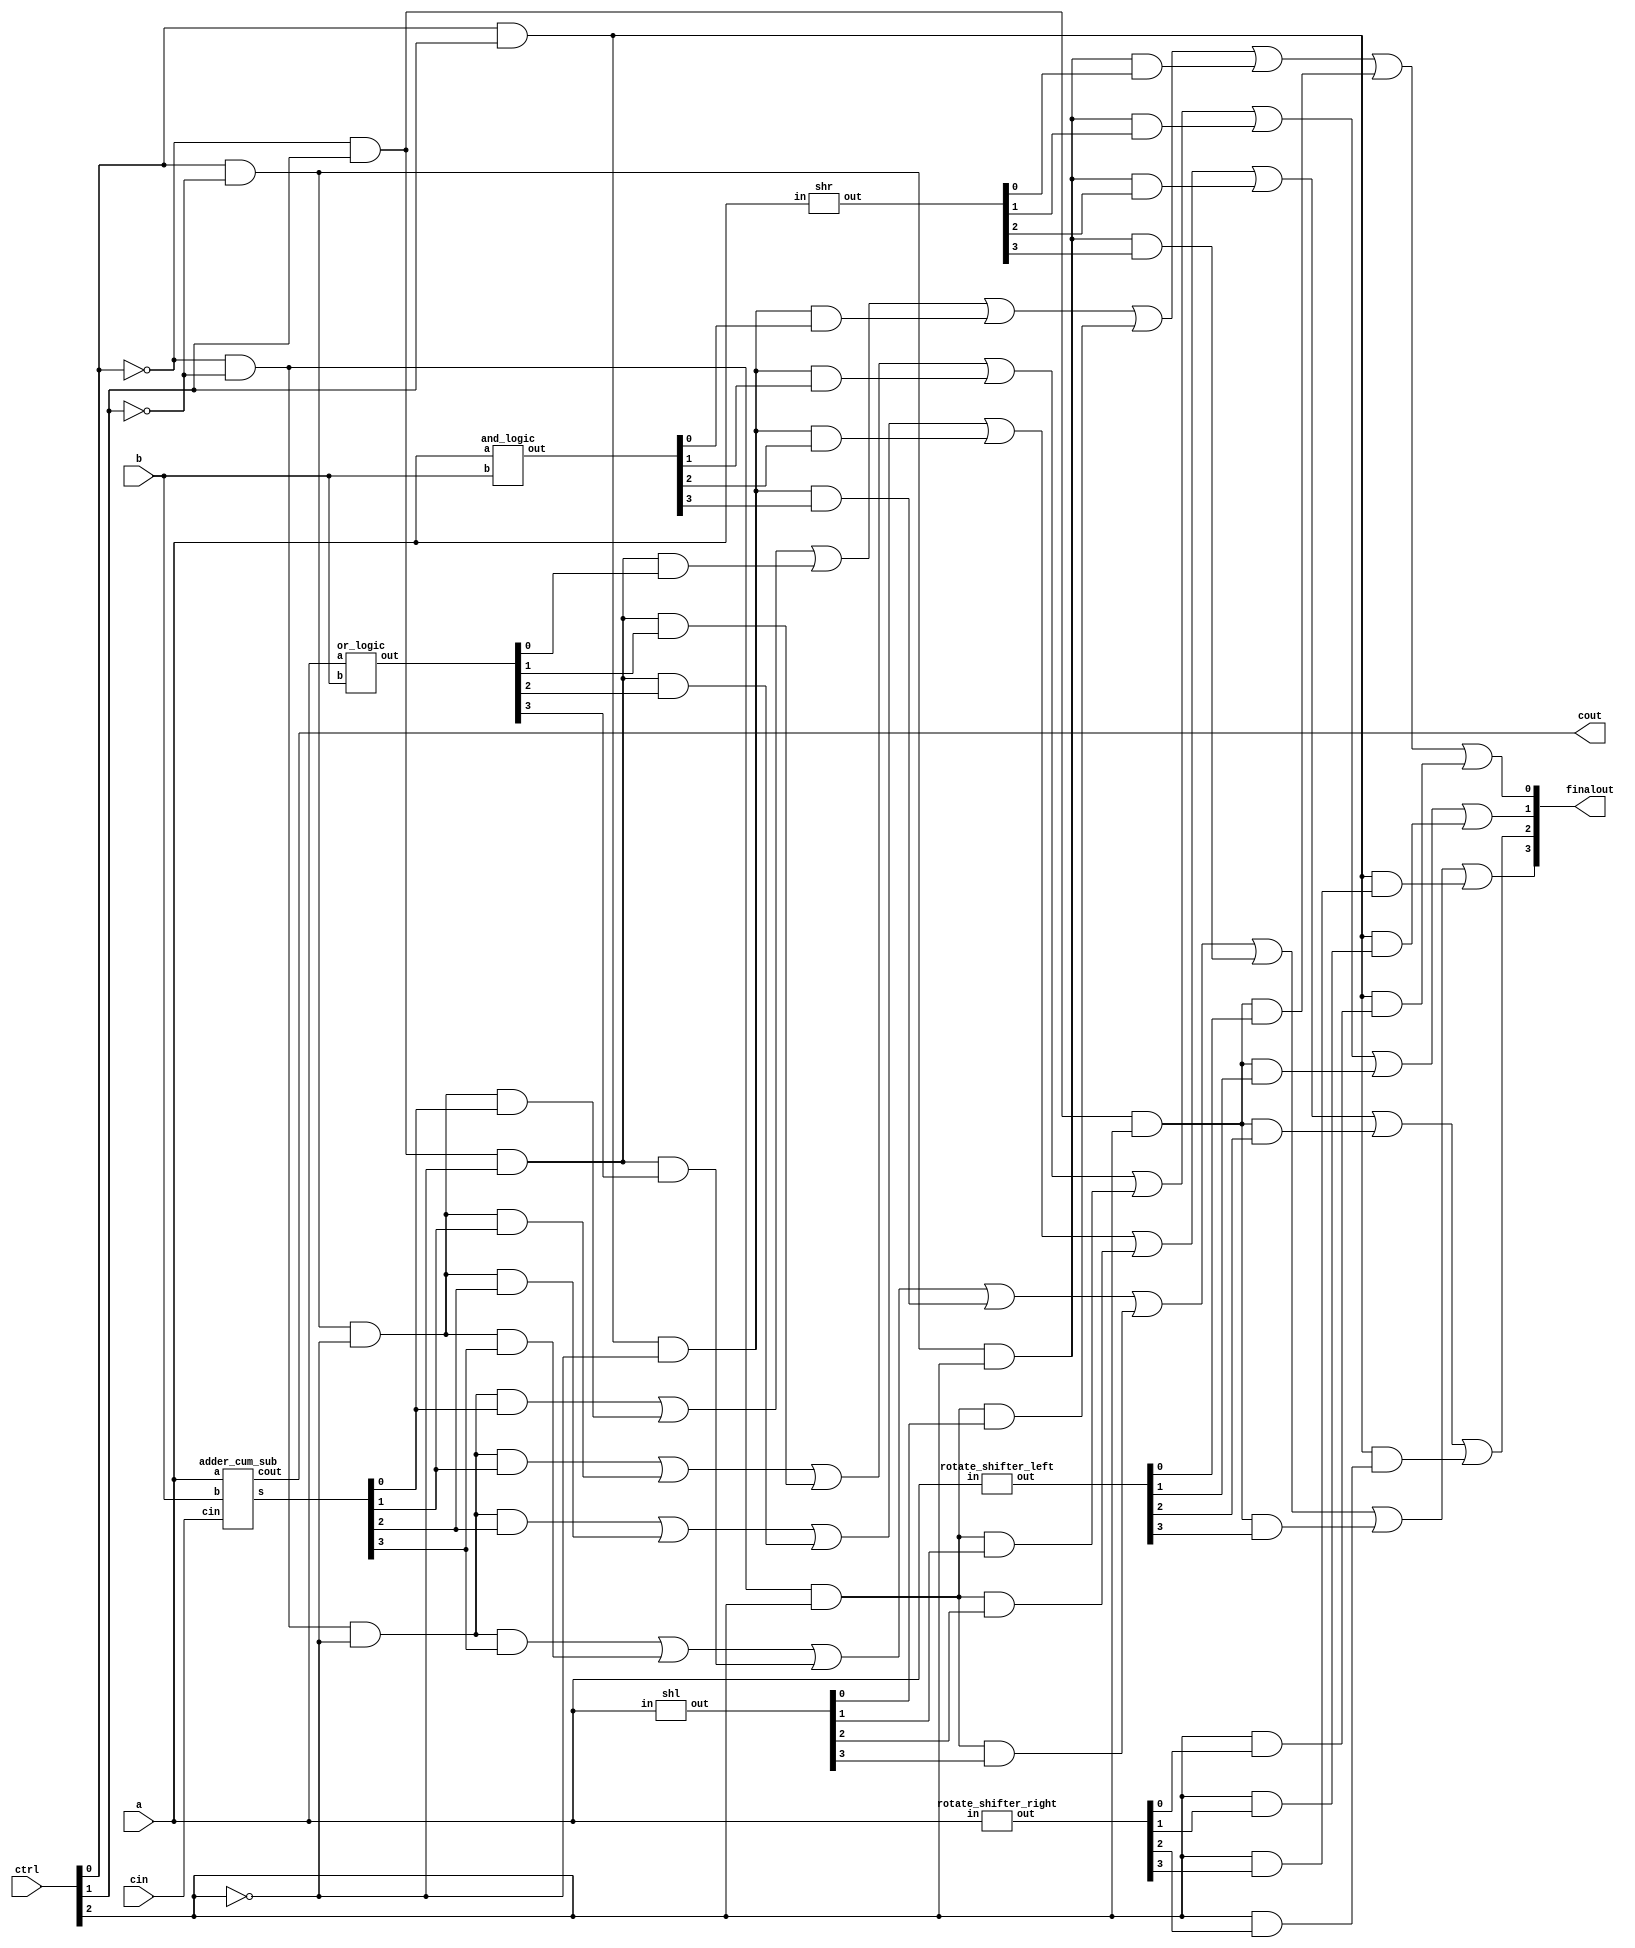
module ALU_4BIT(a,b,finalout,cin,cout,ctrl);
input [3:0] a;
input [3:0] b;
output [3:0] finalout;
input cin;
output cout;
input [2:0] ctrl;

wire[3:0]value; 
wire[3:0]value3 ;
wire[3:0]value4;
wire[3:0]value5;
wire[3:0]value6;
wire value2;
wire [3:0]or1;
wire [3:0]and1;

adder_cum_sub a1(value,value2,a,b,cin);
assign cout=value2;
shl a6(a,value3);
shr a7(a,value4);
rotate_shifter_left a2(a,value5);
rotate_shifter_right a3(a,value6);
or_logic a4(a,b,or1);
and_logic a5(a,b,and1);



assign finalout[0]= (~(ctrl[0]))&((~(ctrl[1])))&(~(ctrl[2]))&(value[0])        |
                   ((ctrl[0]))&((~(ctrl[1])))&(~(ctrl[2]))&(value[0])          |
			         (~(ctrl[0]))&(((ctrl[1])))&(~(ctrl[2]))&(or1[0])	       |
			           ((ctrl[0]))&(((ctrl[1])))&(~(ctrl[2]))&(and1[0])        |
			             (~(ctrl[0]))&((~(ctrl[1])))&((ctrl[2]))&(value3[0])   |
			               ((ctrl[0]))&((~(ctrl[1])))&((ctrl[2]))&(value4[0])  |
						     (~(ctrl[0]))&(((ctrl[1])))&((ctrl[2]))&(value5[0])|
		                    	((ctrl[0]))&(((ctrl[1])))&((ctrl[2])&(value6[0]));
			                
							   
assign finalout[1]= (~(ctrl[0]))&((~(ctrl[1])))&(~(ctrl[2]))&(value[1])        |
                   ((ctrl[0]))&((~(ctrl[1])))&(~(ctrl[2]))&(value[1])          |
			         (~(ctrl[0]))&(((ctrl[1])))&(~(ctrl[2]))&(or1[1])	       |
			           ((ctrl[0]))&(((ctrl[1])))&(~(ctrl[2]))&(and1[1])        |
			             (~(ctrl[0]))&((~(ctrl[1])))&((ctrl[2]))&(value3[1])   |
			               ((ctrl[0]))&((~(ctrl[1])))&((ctrl[2]))&(value4[1])  |
						     (~(ctrl[0]))&(((ctrl[1])))&((ctrl[2]))&(value5[1])|
		                    	((ctrl[0]))&(((ctrl[1])))&((ctrl[2])&(value6[1]));


assign finalout[2]= (~(ctrl[0]))&((~(ctrl[1])))&(~(ctrl[2]))&(value[2])        |
                   ((ctrl[0]))&((~(ctrl[1])))&(~(ctrl[2]))&(value[2])          |
			         (~(ctrl[0]))&(((ctrl[1])))&(~(ctrl[2]))&(or1[2])	       |
			           ((ctrl[0]))&(((ctrl[1])))&(~(ctrl[2]))&(and1[2])        |
			             (~(ctrl[0]))&((~(ctrl[1])))&((ctrl[2]))&(value3[2])   |
			               ((ctrl[0]))&((~(ctrl[1])))&((ctrl[2]))&(value4[2])  |
						   (~(ctrl[0]))&(((ctrl[1])))&((ctrl[2]))&(value5[2])  |
		                    	((ctrl[0]))&(((ctrl[1])))&((ctrl[2])&(value6[2]));
						   
						   
assign finalout[3]= (~(ctrl[0]))&((~(ctrl[1])))&(~(ctrl[2]))&(value[3])        |
                   ((ctrl[0]))&((~(ctrl[1])))&(~(ctrl[2]))&(value[3])          |
			         (~(ctrl[0]))&(((ctrl[1])))&(~(ctrl[2]))&(or1[3])	       |
			           ((ctrl[0]))&(((ctrl[1])))&(~(ctrl[2]))&(and1[3])        |
			             (~(ctrl[0]))&((~(ctrl[1])))&((ctrl[2]))&(value3[3])   |
			               ((ctrl[0]))&((~(ctrl[1])))&((ctrl[2]))&(value4[3])  |
						   (~(ctrl[0]))&(((ctrl[1])))&((ctrl[2]))&(value5[3])  |
		                    	((ctrl[0]))&(((ctrl[1])))&((ctrl[2])&(value6[3]));
endmodule



module adder_cum_sub(s,cout,a,b,cin);
input [3:0] a,b;
input cin;
output [3:0] s;
output cout;
wire [2:0]w;
wire [3:0]b1;
wire x;

xor x1(b1[0],b[0],cin);
xor x2(b1[1],b[1],cin);
xor x3(b1[2],b[2],cin);
xor x4(b1[3],b[3],cin);


fa f1(a[0],b1[0],cin,s[0],w[0]);
fa f2(a[1],b1[1],w[0],s[1],w[1]);
fa f3(a[2],b1[2],w[1],s[2],w[2]);
fa f4(a[3],b1[3],w[2],s[3],x);

xor c1(cout,cin,x);
endmodule

module fa(x,y,z,sum,out);
input  x,y,z;
output out,sum;
wire w1,w2,w3;

xor x1(sum,x,y,z);
and a1(w1,x,y);
and a2(w2,x,z);
and a3(w3,y,z);
or o1(out,w1,w2,w3);
endmodule

module rotate_shifter_left(in,out);
input [3:0]in;
output [3:0]out;

assign out[0]=in[1];
assign out[1]=in[2];
assign out[2]=in[3];
assign out[3]=in[0];
endmodule


module rotate_shifter_right(in,out);
input [3:0]in;
output [3:0]out;

assign out[0]=in[3];
assign out[1]=in[0];
assign out[2]=in[1];
assign out[3]=in[2];
endmodule

module shl(in,out);
input [3:0]in;
output [3:0]out;

assign out[0]=in[1];
assign out[1]=in[2];
assign out[2]=in[3];
assign out[3]=1'b0;
endmodule


module shr(in,out);
input [3:0]in;
output [3:0]out;

assign out[0]=1'b0;
assign out[1]=in[0];
assign out[2]=in[1];
assign out[3]=in[2];
endmodule

module or_logic(a,b,out);
input [3:0]a;
input [3:0]b;
output [3:0]out;

or(out[0],a[0],b[0]);
or(out[1],a[1],b[1]);
or(out[2],a[2],b[2]);
or(out[3],a[3],b[3]);
endmodule

module and_logic(a,b,out);
input [3:0]a;
input [3:0]b;
output [3:0]out;

and(out[0],a[0],b[0]);
and(out[1],a[1],b[1]);
and(out[2],a[2],b[2]);
and(out[3],a[3],b[3]);
endmodule